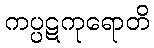
ကပ္ပဋကုရောတိ